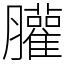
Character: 䑏